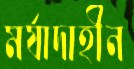
মর্যাদাহীন